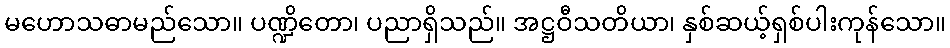
မဟောသဓာမည်သော။ ပဏ္ဍိတော၊ ပညာရှိသည်။ အဋ္ဌဝီသတိယာ၊ နှစ်ဆယ့်ရှစ်ပါးကုန်သော။